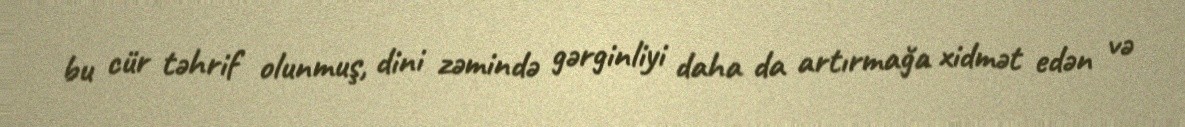
bu cür təhrif olunmuş, dini zəmində gərginliyi daha da artırmağa xidmət edən və